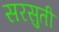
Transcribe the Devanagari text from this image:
सरसुती